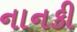
નાનકી